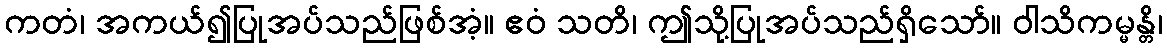
ကတံ၊ အကယ်၍ပြုအပ်သည်ဖြစ်အံ့။ ဧဝံ သတိ၊ ဤသို့ပြုအပ်သည်ရှိသော်။ ဝါသိကမ္မန္တိ၊